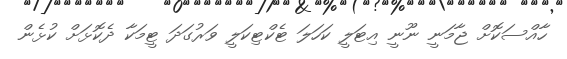
ހާއްސަކޮށް ޖާމަނީ ނޫނީ އިޓަލީ ކަހަލަ ޓެކްޓިކަލީ ވަރުގަދަ ޓީމަކާ ދެކޮޅަށް ކުޅެން